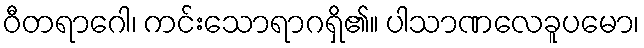
ဝီတရာဂေါ၊ ကင်းသောရာဂရှိ၏။ ပါသာဏလေခူပမော၊